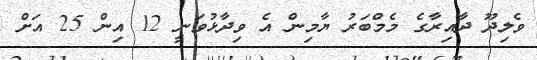
ވެލިދޫ ދާއިރާގެ މެމްބަރު ޔާމިން އެ ވިދާޅުވަނީ 12 އިން 25 އަށް